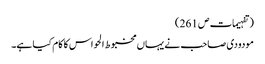
(تفہیمات ص 261 )
مودودی صاحب نے یہاں مخبوط الحواس کا کام کیا ہے۔